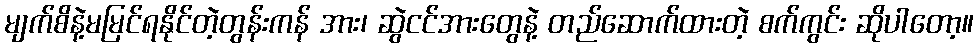
မျက်စိနဲ့မမြင်ရနိုင်တဲ့တွန်းကန် အား၊ ဆွဲငင်အားတွေနဲ့ တည်ဆောက်ထားတဲ့ စက်ကွင်း ဆိုပါတော့။